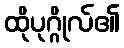
ထိုပုဂ္ဂိုလ်၏